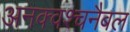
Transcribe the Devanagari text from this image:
अनक्वश्चनैबल